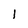
Character: l